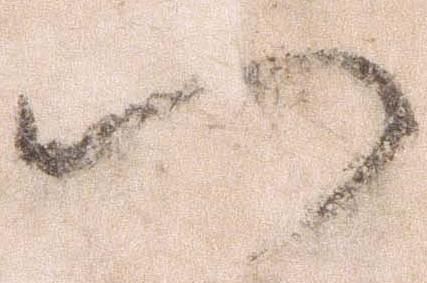
つ